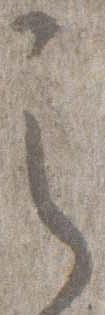
之